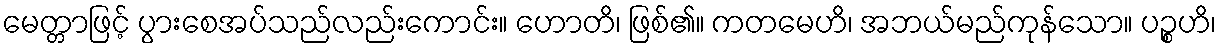
မေတ္တာဖြင့် ပွားစေအပ်သည်လည်းကောင်း။ ဟောတိ၊ ဖြစ်၏။ ကတမေဟိ၊ အဘယ်မည်ကုန်သော။ ပဉ္စဟိ၊